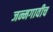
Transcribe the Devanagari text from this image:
जन्मगावीच